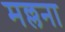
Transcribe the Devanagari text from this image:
मल्लना